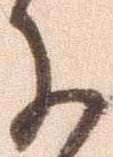
に